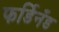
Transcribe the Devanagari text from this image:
फर्डिनँड